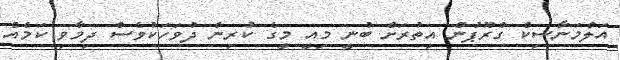
އަލްމަނާސިކް ގްރޫޕުން އިތުރަށް ބުނީ މިއީ މީގެ ކުރިން ދުވަހަކުވެސް ދިމާވި ކަމެއް